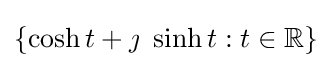
\lbrace \cosh t+\jmath \ \sinh t:t\in \mathbb {R} \rbrace